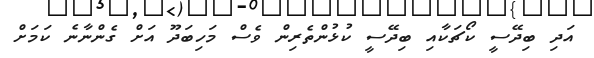
އަދި ބިދޭސީ ކޯޗަކާއި ބިދޭސީ ކުޅުންތެރިން ވެސް މަހިބަދޫ އަށް ގެންނާނެ ކަމަށް